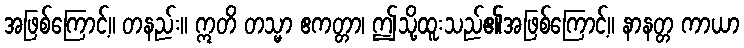
အဖြစ်ကြောင့်။ တနည်း။ ဣတိ တသ္မာ ဧကတ္တာ၊ ဤသို့ထူးသည်၏အဖြစ်ကြောင့်။ နာနတ္တ ကာယာ